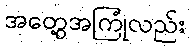
အတွေ့အကြုံလည်း